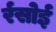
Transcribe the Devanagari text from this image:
र्रसोई